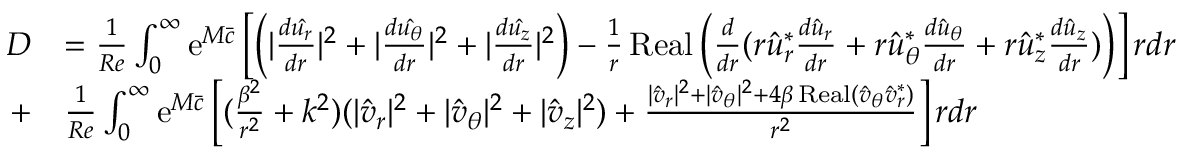
\begin{array} { r l } { D } & { = \frac { 1 } { R e } \int _ { 0 } ^ { \infty } \mathrm { e } ^ { M \bar { c } } \left[ \left( | \frac { d \hat { u _ { r } } } { d r } | ^ { 2 } + | \frac { d \hat { u _ { \theta } } } { d r } | ^ { 2 } + | \frac { d \hat { u _ { z } } } { d r } | ^ { 2 } \right) - \frac { 1 } { r } \operatorname { R e a l } \left( \frac { d } { d r } ( r \hat { u } _ { r } ^ { * } \frac { d \hat { u } _ { r } } { d r } + r \hat { u } _ { \theta } ^ { * } \frac { d \hat { u } _ { \theta } } { d r } + r \hat { u } _ { z } ^ { * } \frac { d \hat { u } _ { z } } { d r } ) \right) \right] r d r } \\ { + } & { \frac { 1 } { R e } \int _ { 0 } ^ { \infty } \mathrm { e } ^ { M \bar { c } } \left[ ( \frac { \beta ^ { 2 } } { r ^ { 2 } } + k ^ { 2 } ) ( | \hat { v } _ { r } | ^ { 2 } + | \hat { v } _ { \theta } | ^ { 2 } + | \hat { v } _ { z } | ^ { 2 } ) + \frac { | \hat { v } _ { r } | ^ { 2 } + | \hat { v } _ { \theta } | ^ { 2 } + 4 \beta \operatorname { R e a l } ( \hat { v } _ { \theta } \hat { v } _ { r } ^ { * } ) } { r ^ { 2 } } \right] r d r } \end{array}